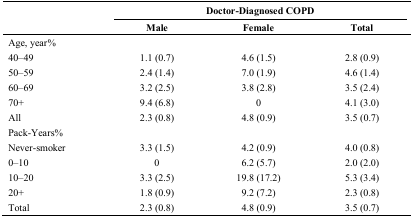
|  | <COLSPAN=3> Doctor-Diagnosed COPD |
 |  | Male | Female | Total |
 | --- | --- | --- | --- |
 | Age, year% |  |  |  |
 | 40–49 | 1.1 (0.7) | 4.6 (1.5) | 2.8 (0.9) |
 | 50–59 | 2.4 (1.4) | 7.0 (1.9) | 4.6 (1.4) |
 | 60–69 | 3.2 (2.5) | 3.8 (2.8) | 3.5 (2.4) |
 | 70+ | 9.4 (6.8) | 0 | 4.1 (3.0) |
 | All | 2.3 (0.8) | 4.8 (0.9) | 3.5 (0.7) |
 | Pack-Years% |  |  |  |
 | Never-smoker | 3.3 (1.5) | 4.2 (0.9) | 4.0 (0.8) |
 | 0–10 | 0 | 6.2 (5.7) | 2.0 (2.0) |
 | 10–20 | 3.3 (2.5) | 19.8 (17.2) | 5.3 (3.4) |
 | 20+ | 1.8 (0.9) | 9.2 (7.2) | 2.3 (0.8) |
 | Total | 2.3 (0.8) | 4.8 (0.9) | 3.5 (0.7) |